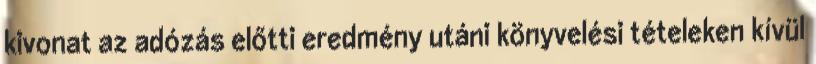
kivonat az adózás előtti eredmény utáni könyvelési tételeken kívül